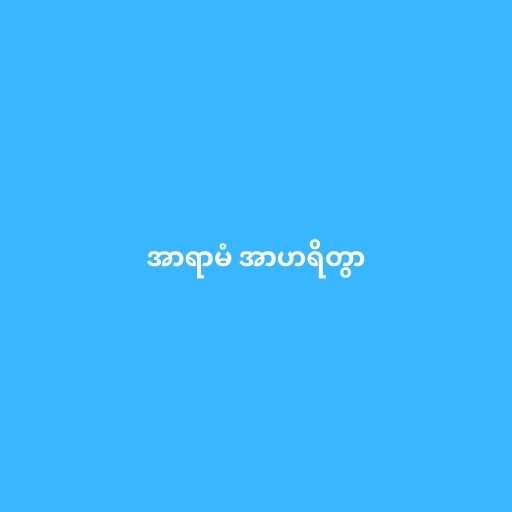
အာရာမံ အာဟရိတွာ